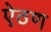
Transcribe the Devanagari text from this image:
ऐठण